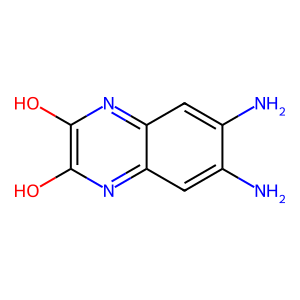
SMILES: Nc1cc2nc(O)c(O)nc2cc1N
Inhibits HIV replication: No